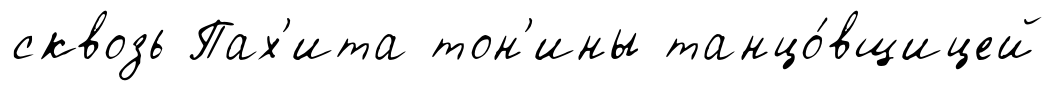
сквозь Пах'ита тон'ины танцо́вщицей